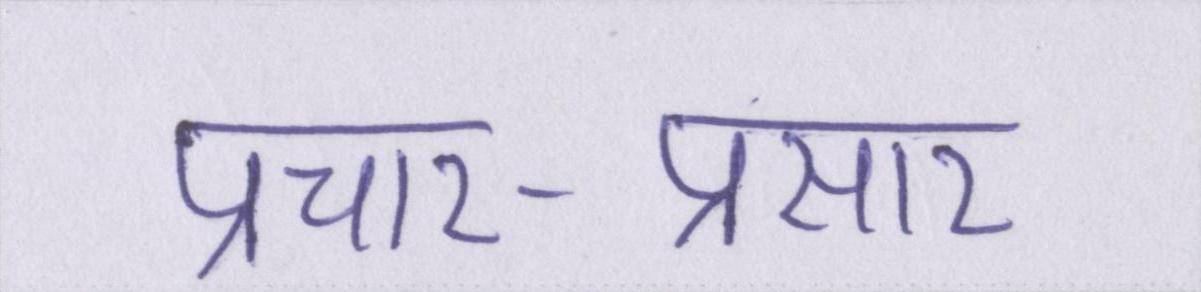
प्रचार-प्रसार